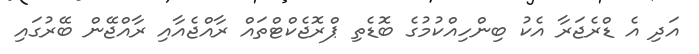
އަދި އެ ޑްރެޖަރާ އެކު ބިންހިއްކުމުގެ ބޮޑެތި ޕްރޮޖެކްޓްތައް ރާއްޖެއާއި ރާއްޖޭން ބޭރުގައި